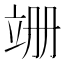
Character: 𫁠